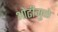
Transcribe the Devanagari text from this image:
ओढीमुळे